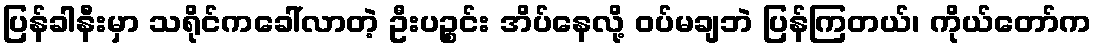
ပြန်ခါနီးမှာ သရိုင်ကခေါ်လာတဲ့ ဦးပဉ္စင်း အိပ်နေလို့ ဝပ်မချဘဲ ပြန်ကြတယ်၊ ကိုယ်တော်က